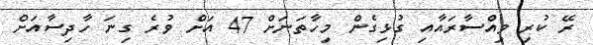
ރޭ ކުރި ވިއްސާރައާއި ގުޅިގެން މިހާތަނަށް 47 އަށް ވުރެ ގިނަ ހާދިސާއަށް